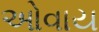
ઓવાય